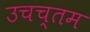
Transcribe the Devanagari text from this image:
उचच्तम